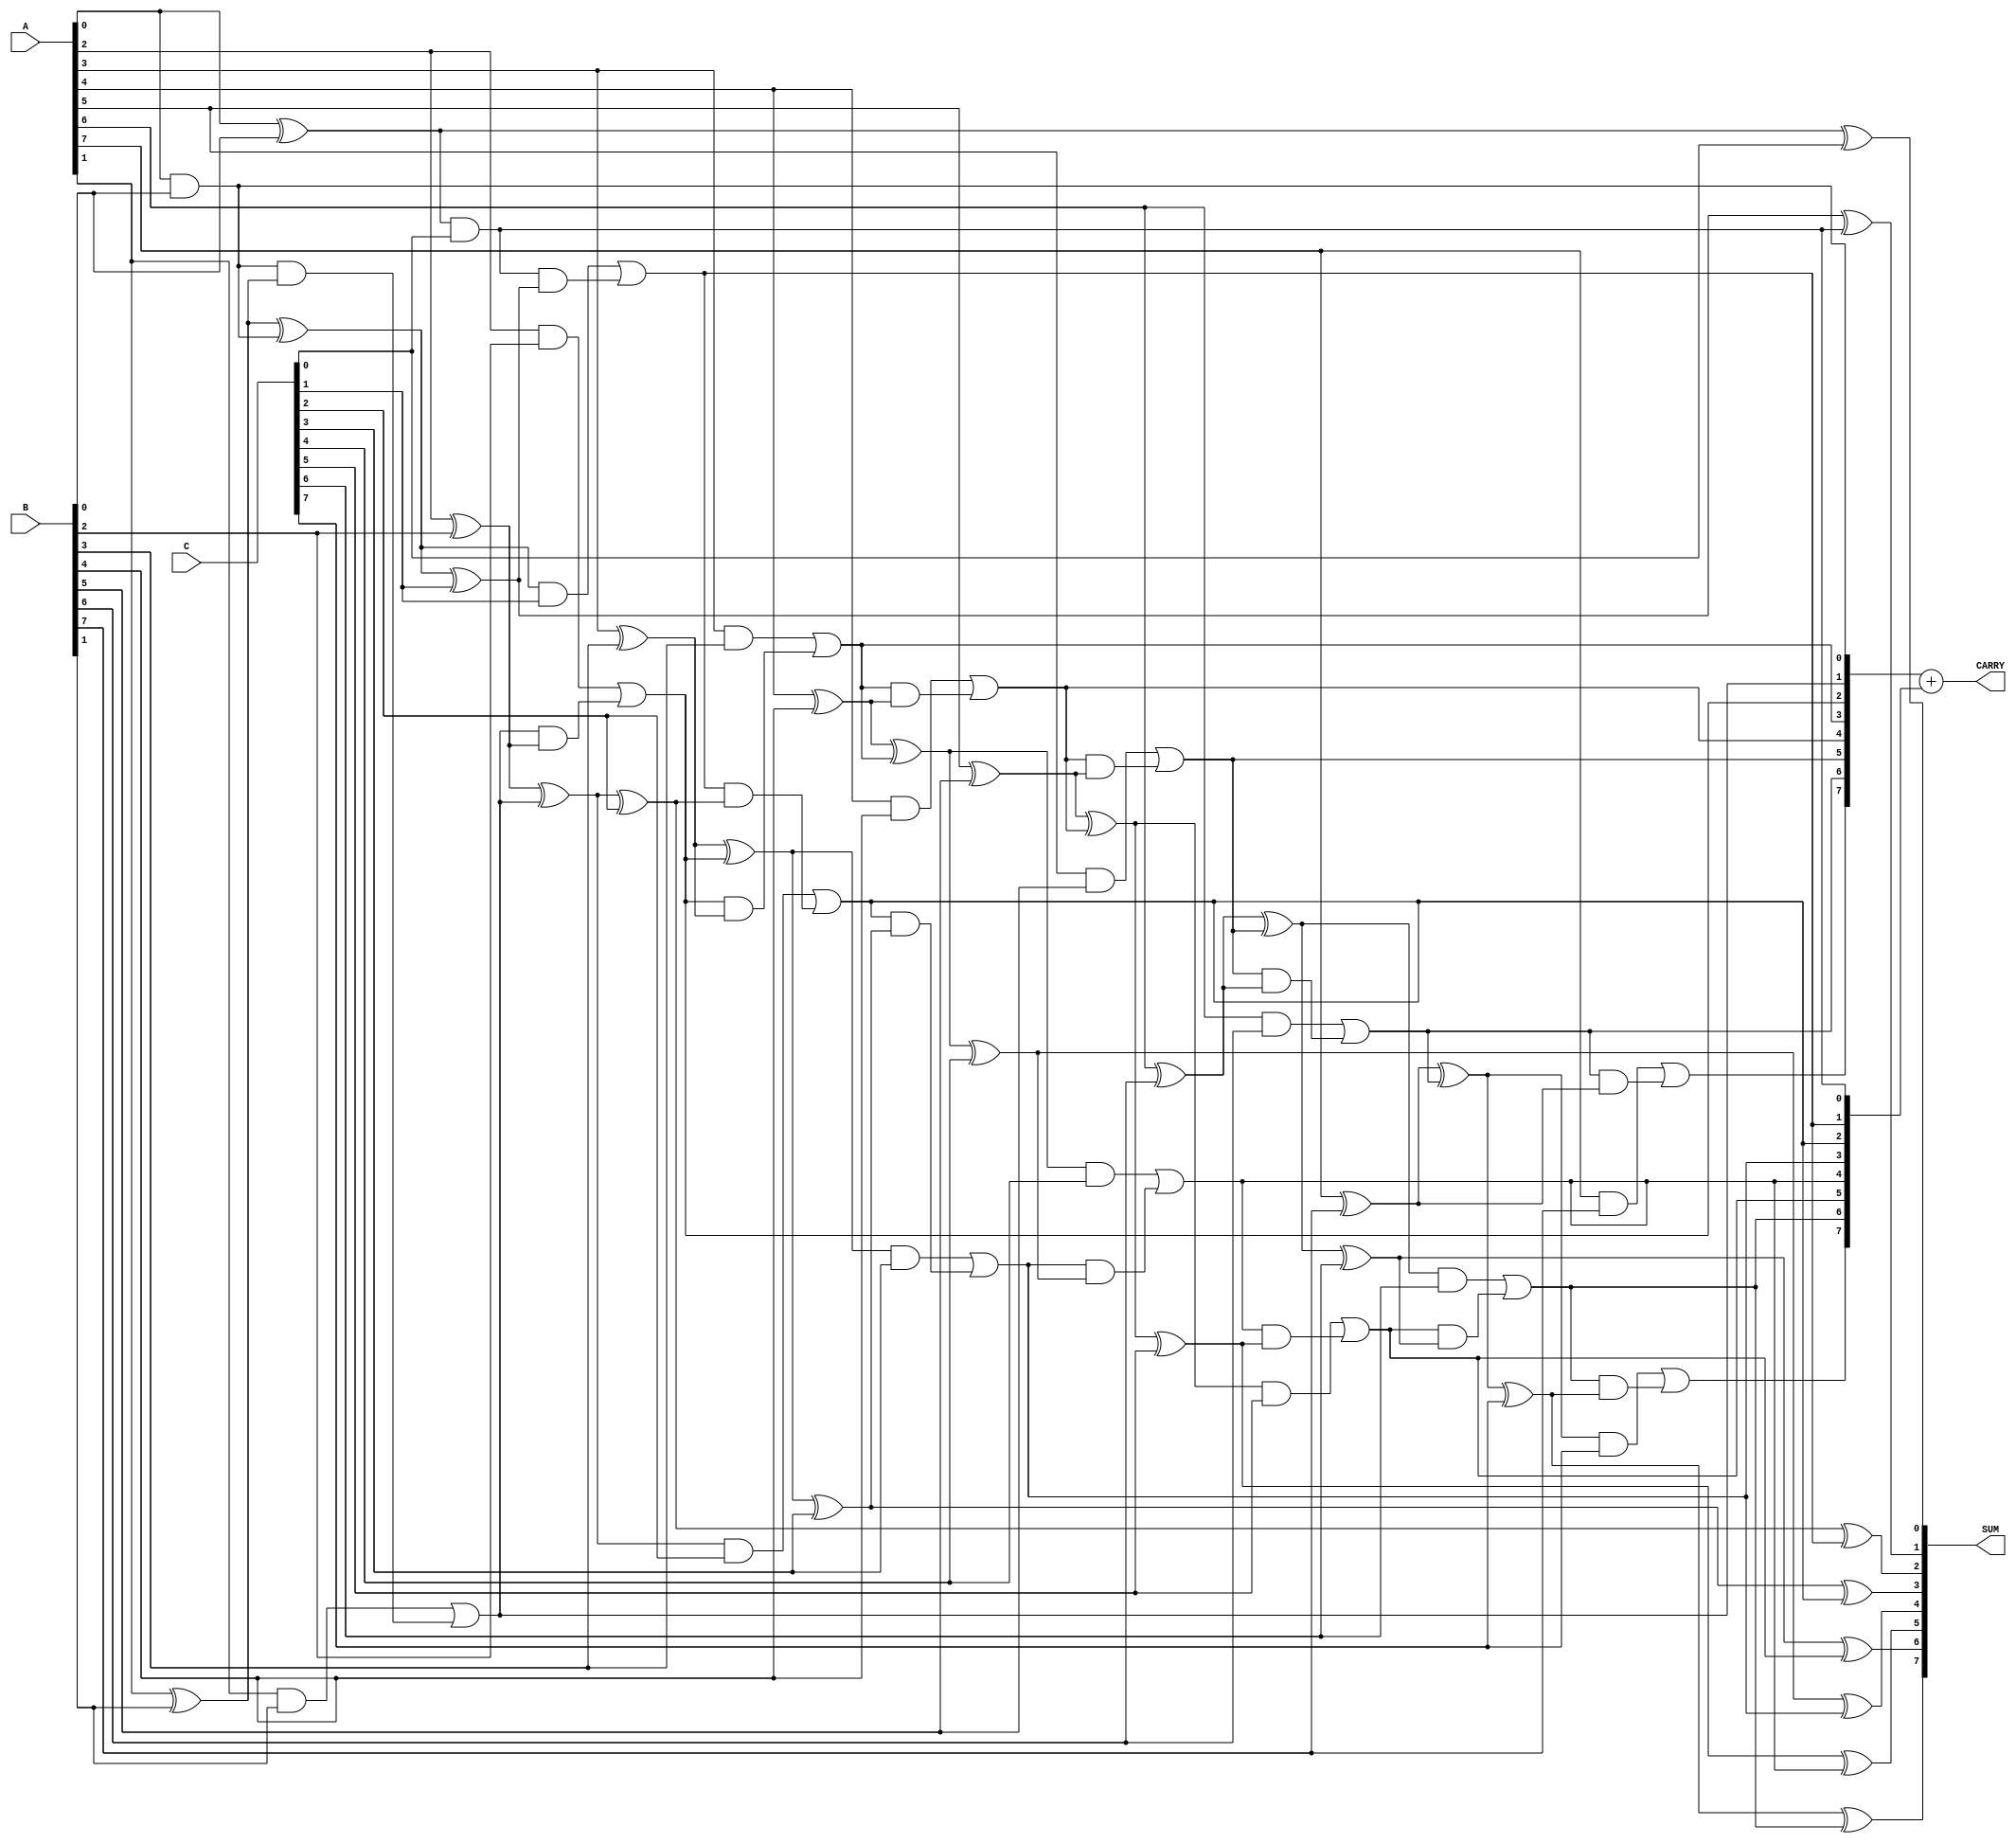
module ModifiedCarrySaveAdder #(
    parameter WIDTH = 8  // Bit width of the inputs
)(
    input  [WIDTH-1:0] A,  // First input
    input  [WIDTH-1:0] B,  // Second input
    input  [WIDTH-1:0] C,  // Third input
    output [WIDTH-1:0] SUM, // Sum output
    output [WIDTH-1:0] CARRY // Carry output
);

// Internal wires for intermediate sums and carries
wire [WIDTH-1:0] sum1, sum2;
wire [WIDTH-1:0] carry1, carry2;

// Stage 1: Half-adders for A and B
genvar i;
generate
    for (i = 0; i < WIDTH; i = i + 1) begin: stage1
        if (i == 0) begin
            assign sum1[i] = A[i] ^ B[i]; // Sum bit
            assign carry1[i] = A[i] & B[i]; // Carry bit
        end else begin
            assign sum1[i] = A[i] ^ B[i] ^ carry1[i-1]; // Sum bit
            assign carry1[i] = (A[i] & B[i]) | (carry1[i-1] & (A[i] ^ B[i])); // Carry bit
        end
    end
endgenerate

// Stage 2: Half-adders for sum1 and C
generate
    for (i = 0; i < WIDTH; i = i + 1) begin: stage2
        if (i == 0) begin
            assign sum2[i] = sum1[i] ^ C[i]; // Sum bit
            assign carry2[i] = sum1[i] & C[i]; // Carry bit
        end else begin
            assign sum2[i] = sum1[i] ^ C[i] ^ carry2[i-1]; // Sum bit
            assign carry2[i] = (sum1[i] & C[i]) | (carry2[i-1] & (sum1[i] ^ C[i])); // Carry bit
        end
    end
endgenerate

// Final stage: Combine the last carry and sum
assign SUM = sum2;
assign CARRY = carry1 + carry2; // Final carry output

endmodule